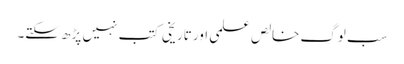
سب لوگ خالص علمی اور تاریخی کتب نہیں پڑھ سکتے۔